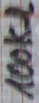
Text: 100kΩ